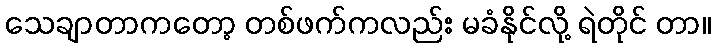
သေချာတာကတော့ တစ်ဖက်ကလည်း မခံနိုင်လို့ ရဲတိုင် တာ။